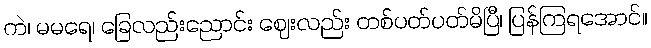
ကဲ၊ မမရေ၊ ခြေလည်းညောင်း ဈေးလည်း တစ်ပတ်ပတ်မိပြီ၊ ပြန်ကြရအောင်။